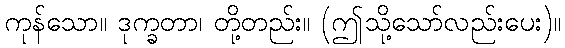
ကုန်သော။ ဒုက္ခတာ၊ တို့တည်း။ (ဤသို့သော်လည်းပေး)။